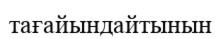
тағайындайтынын